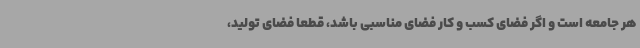
هر جامعه است و اگر فضای کسب و کار فضای مناسبی باشد، قطعا فضای تولید،